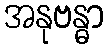
အနုဗန္ဓာ